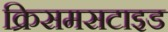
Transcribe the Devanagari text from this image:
क्रिसमसटाइड